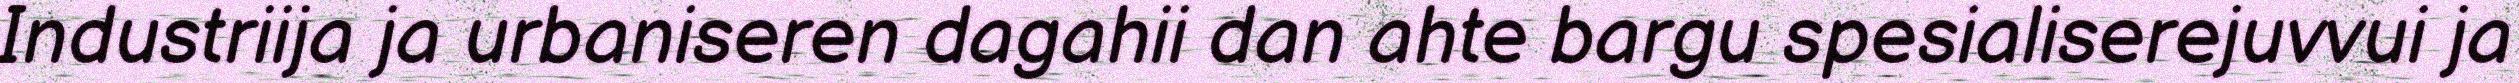
Industriija ja urbaniseren dagahii dan ahte bargu spesialiserejuvvui ja